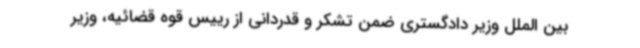
بین الملل وزیر دادگستری ضمن تشکر و قدردانی از رییس قوه قضائیه، وزیر